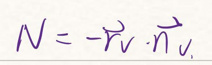
$N = - \vec{r_v} \cdot \vec{n_v}$